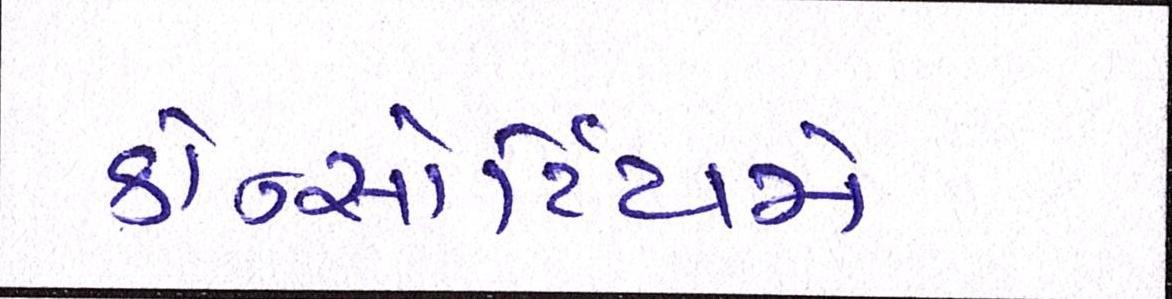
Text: કોન્સોર્ટિયમે